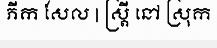
ភីក សែល | ស្ត្រី នៅ ស្រុក